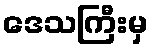
ဒေသကြီးမှ